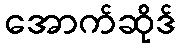
အောက်ဆိုဒ်